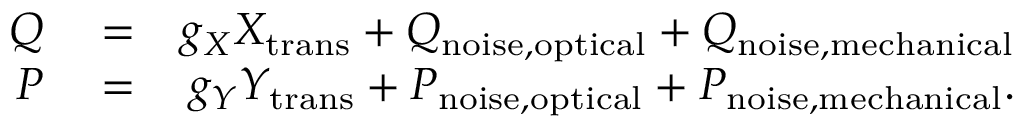
\begin{array} { r l r } { Q } & { { } = } & { g _ { X } X _ { \mathrm { t r a n s } } + Q _ { \mathrm { n o i s e , o p t i c a l } } + Q _ { \mathrm { n o i s e , m e c h a n i c a l } } } \\ { P } & { { } = } & { g _ { Y } Y _ { \mathrm { t r a n s } } + P _ { \mathrm { n o i s e , o p t i c a l } } + P _ { \mathrm { n o i s e , m e c h a n i c a l } } . } \end{array}